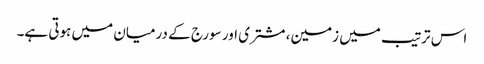
اس ترتیب میں زمین، مشتری اور سورج کے درمیان میں ہوتی ہے۔